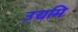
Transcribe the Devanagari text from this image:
उद्यमि